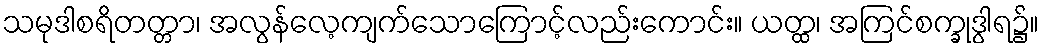
သမုဒါစရိတတ္တာ၊ အလွန်လေ့ကျက်သောကြောင့်လည်းကောင်း။ ယတ္ထ၊ အကြင်စက္ခုဒွါရ၌။